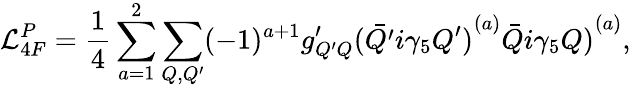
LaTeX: {\cal L}_{4F}^{P}=\frac{1}{4}\sum_{a=1}^{2}\sum_{Q,Q^{\prime}}(-1)^{a+1}g_{Q^{\prime}Q}^{\prime}{(\bar{Q^{\prime}}i\gamma_{5}Q^{\prime})}^{(a)}{\bar{Q}i\gamma_{5}Q)}^{(a)},